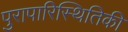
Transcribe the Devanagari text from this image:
पुरापारिस्थितिकी